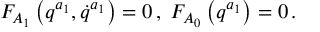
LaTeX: F _ { A _ { 1 } } \left( q ^ { a _ { 1 } } , \dot { q } ^ { a _ { 1 } } \right) = 0 \, , \; F _ { A _ { 0 } } \left( q ^ { a _ { 1 } } \right) = 0 \, .